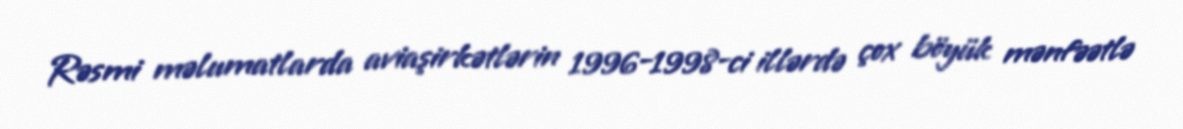
Rəsmi məlumatlarda aviaşirkətlərin 1996-1998-ci illərdə çox böyük mənfəətlə